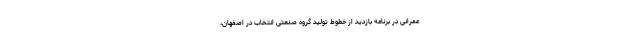
عمرانی در برنامه بازدید از خطوط تولید گروه صنعتی انتخاب در اصفهان،